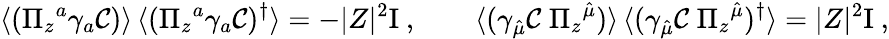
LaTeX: \langle(\Pi_{z}{}^{a}\gamma_{a}{\cal C})\rangle\, \langle(\Pi_{z}{}^{a}\gamma_{a}{\cal C})^{\dagger}\rangle=-|Z|^{2}\mathrm{I}\ ,\qquad\langle(\gamma_{\hat{\mu}}{\cal C}\; \Pi_{z}{}^{\hat{\mu}})\rangle\, \langle(\gamma_{\hat{\mu}}{\cal C}\; \Pi_{z}{}^{\hat{\mu}})^{\dagger}\rangle=|Z|^{2}\mathrm{I}\ ,